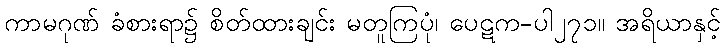
ကာမဂုဏ် ခံစားရာ၌ စိတ်ထားချင်း မတူကြပုံ၊ ပေဋက-ပါ၂၇၁။ အရိယာနှင့်